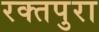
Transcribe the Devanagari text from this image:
रक्तपुरा